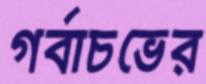
গর্বাচভের